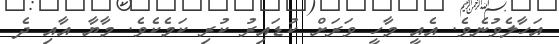
އަހާލެވުނެވެ. އެއީ މާހީ ވަރަށް ކުޑައިރު ކުރި ކަމެކެވެ. މާޔާ އާއި ދެ